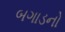
બગાડનો